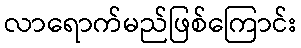
လာရောက်မည်ဖြစ်ကြောင်း